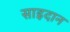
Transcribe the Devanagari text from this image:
साइदान